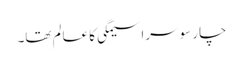
چار سو سراسیمگی کا عالم تھا۔